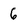
Character: 6